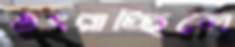
ওৎরাচ্ছিলে